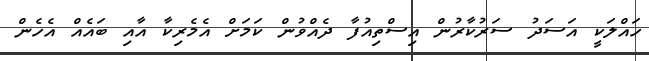
ހައްލަކީ އަސަދު ސަރުކާރުން އިސްތިއުފާ ދެއްވުން ކަމަށް އެމެރިކާ އާއި ބައެއް އެހެން